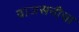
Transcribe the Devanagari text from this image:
वाजसनीचा